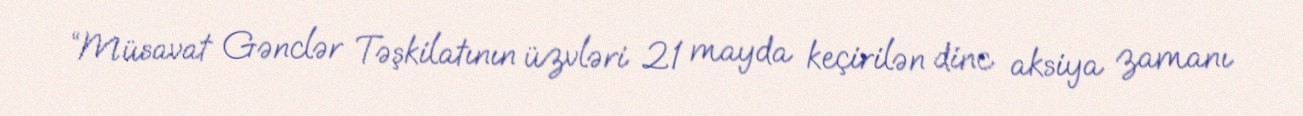
“Müsavat Gənclər Təşkilatının üzvləri 21 mayda keçirilən dinc aksiya zamanı